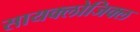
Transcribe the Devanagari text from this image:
सायक्लोजिक्ल